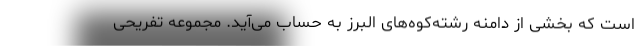
است که بخشی از دامنه رشته‌کوه‌های البرز به حساب می‌آید. مجموعه تفریحی